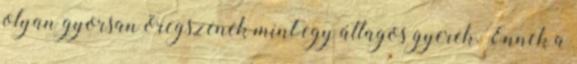
olyan gyorsan öregszenek mint egy átlagos gyerek. Ennek a